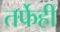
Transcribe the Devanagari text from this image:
तर्फेही